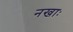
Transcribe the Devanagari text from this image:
नखाः